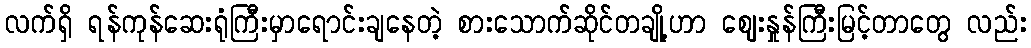
လက်ရှိ ရန်ကုန်ဆေးရုံကြီးမှာရောင်းချနေတဲ့ စားသောက်ဆိုင်တချို့ဟာ ဈေးနှုန်ကြီးမြင့်တာတွေ လည်း